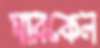
মারকেল